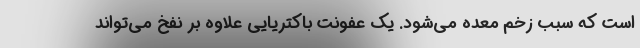
است که سبب زخم معده می‌شود. یک عفونت باکتریایی علاوه بر نفخ می‌تواند